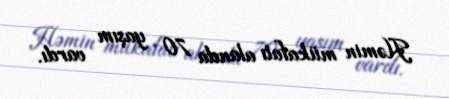
Həmin mükafatı alanda 70 yaşım vardı.